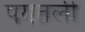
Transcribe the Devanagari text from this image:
पगतली